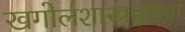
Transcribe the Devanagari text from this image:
खगोलशास्त्रज्ञाला